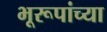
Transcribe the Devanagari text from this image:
भूरूपांच्या